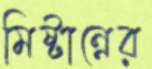
মিষ্টান্নের